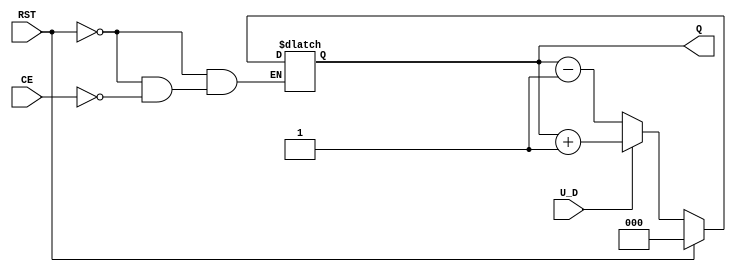
module up_down_counter (
    input wire U_D,      // Up/Down control signal
    input wire CE,       // Count Enable
    input wire RST,      // Asynchronous Reset
    output reg [2:0] Q   // 3-bit counter output (adjust width as needed)
);

// Asynchronous Reset
always @* begin
    if (RST) begin
        Q = 3'b000; // Reset the counter to 0
    end else if (CE) begin
        if (U_D) begin
            Q = Q + 1; // Count Up
        end else begin
            Q = Q - 1; // Count Down
        end
    end
end

endmodule